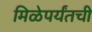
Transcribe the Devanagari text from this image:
मिळेपर्यंतची